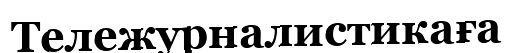
Тележурналистикаға